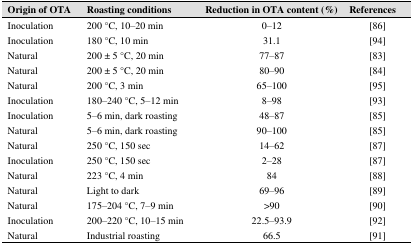
<table><thead><tr><td><b>Origin of OTA</b></td><td><b>Roasting conditions</b></td><td><b>Reduction in OTA content (%)</b></td><td><b>References</b></td></tr></thead><tbody><tr><td>Inoculation</td><td>200 °C, 10–20 min</td><td>0–12</td><td>[86]</td></tr><tr><td>Inoculation</td><td>180 °C, 10 min</td><td>31.1</td><td>[94]</td></tr><tr><td>Natural</td><td>200 ± 5 °C, 20 min</td><td>77–87</td><td>[83]</td></tr><tr><td>Natural</td><td>200 ± 5 °C, 20 min</td><td>80–90</td><td>[84]</td></tr><tr><td>Natural</td><td>200 °C, 3 min</td><td>65–100</td><td>[95]</td></tr><tr><td>Inoculation</td><td>180–240 °C, 5–12 min</td><td>8–98</td><td>[93]</td></tr><tr><td>Inoculation</td><td>5–6 min, dark roasting</td><td>48–87</td><td>[85]</td></tr><tr><td>Natural</td><td>5–6 min, dark roasting</td><td>90–100</td><td>[85]</td></tr><tr><td>Natural</td><td>250 °C, 150 sec</td><td>14–62</td><td>[87]</td></tr><tr><td>Inoculation</td><td>250 °C, 150 sec</td><td>2–28</td><td>[87]</td></tr><tr><td>Natural</td><td>223 °C, 4 min</td><td>84</td><td>[88]</td></tr><tr><td>Natural</td><td>Light to dark</td><td>69–96</td><td>[89]</td></tr><tr><td>Natural</td><td>175–204 °C, 7–9 min</td><td>&gt;90</td><td>[90]</td></tr><tr><td>Inoculation</td><td>200–220 °C, 10–15 min</td><td>22.5–93.9</td><td>[92]</td></tr><tr><td>Natural</td><td>Industrial roasting</td><td>66.5</td><td>[91]</td></tr></tbody></table>